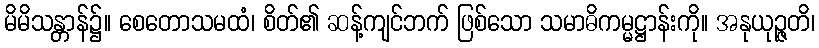
မိမိသန္တာန်၌။ စေတောသမထံ၊ စိတ်၏ ဆန့်ကျင်ဘက် ဖြစ်သော သမာဓိကမ္မဋ္ဌာန်းကို။ အနုယုဉ္ဇတိ၊